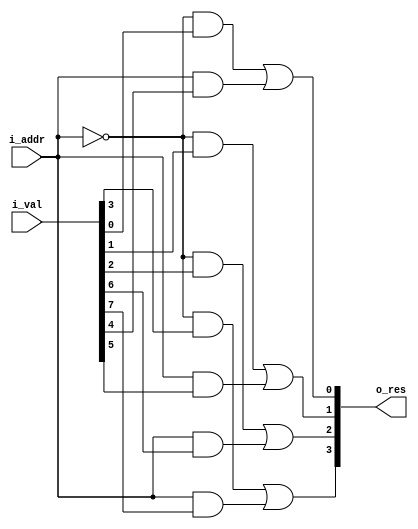
`timescale 1ns/1ps

module one_digit_mux(i_addr, i_val, o_res);
parameter DATA_WIDTH = 4;
input i_addr;
input [2*DATA_WIDTH-1:0] i_val;
output [DATA_WIDTH-1:0] o_res;
wire not_addr;
not (not_addr, i_addr);
genvar i;
generate
for(i=0; i<DATA_WIDTH; i=i+1) begin: value
wire out_0;
wire out_1;
and(out_0, not_addr, i_val[i]);
and(out_1, i_addr, i_val[DATA_WIDTH+i]);
or (o_res[i], out_0, out_1);
end
endgenerate
endmodule

module mux(i_addr, i_val, o_res);
parameter DATA_WIDTH=4;
input wire [2:0] i_addr;
input wire [5*DATA_WIDTH-1:0] i_val;
output wire [DATA_WIDTH-1:0] o_res;
wire [DATA_WIDTH-1:0] res_0X, res_1X, res_0XX;

one_digit_mux #(.DATA_WIDTH(DATA_WIDTH)) mux_0X(
	.i_addr(i_addr[0]),
	.i_val(i_val[2*DATA_WIDTH-1:0]),
	.o_res(res_0X)
	);

one_digit_mux #(.DATA_WIDTH(DATA_WIDTH)) mux_1X(
	.i_addr(i_addr[0]),
	.i_val(i_val[4*DATA_WIDTH-1:2*DATA_WIDTH]),
	.o_res(res_1X)
	);

one_digit_mux #(.DATA_WIDTH(DATA_WIDTH)) mux_0XX(
	.i_addr(i_addr[1]),
	.i_val({res_1X, res_0X}),
	.o_res(res_0XX)
	);

one_digit_mux #(.DATA_WIDTH(DATA_WIDTH)) mux_1XX(
	.i_addr(i_addr[2]),
	.i_val({i_val[5*DATA_WIDTH-1:4*DATA_WIDTH], res_0XX}),
	.o_res(o_res)
	);
endmodule

module tb_mux();
parameter DATA_WIDTH = 4;
reg [2:0] addr;
reg [5*DATA_WIDTH-1:0] val;
wire [DATA_WIDTH-1:0] res;
reg [DATA_WIDTH-1:0] control_res;

integer i, error_count;
mux #(.DATA_WIDTH(DATA_WIDTH)) inst(
			  	.i_addr(addr),
			  	.i_val(val),
			  	.o_res(res)
);

initial begin
val = {4'd1, 4'd2, 4'd3, 4'd4, 4'd5};
addr = 0;
error_count = 0;
#10;
for(i=0; i<5;i=i+1) begin
		addr = i;
		if(control_res!=res) begin
			$display("Error with addr %b. Expected %b, got %b", addr, control_res, {control_res, res});
			error_count = error_count+1;
			end
		control_res = val[DATA_WIDTH*i+:DATA_WIDTH];
		#10;
end
$display("%d errors during simulation", error_count);
$finish();
end
endmodule